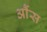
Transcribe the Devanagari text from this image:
आैंस